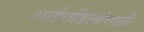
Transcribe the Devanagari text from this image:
आईवडिलांसाठी